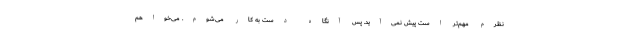
نظرم مهم‌تر است پیش نمی‌آید. پس آنگاه دست به کار می‌شوم. می‌خواهم